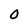
Character: 0